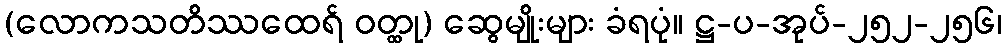
(လောကသတိဿထေရ် ဝတ္ထု) ဆွေမျိုးများ ခံရပုံ။ ဋ္ဌ-ပ-အုပ်-၂၅၂-၂၅၆၊